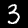
Label: 3